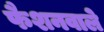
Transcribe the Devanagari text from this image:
फैशनवाले